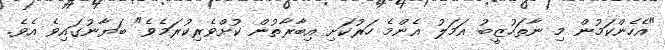
"އެހެންކަމުން މި ނާތަހުޒީބު އަމަލު އެންމެ ހަރުކަށި އިބާރާތުން ކުށްވެރިކުރަމެވެ" ބަޔާނުގައިވެ އެވެ.